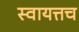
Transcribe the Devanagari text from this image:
स्वायत्तच